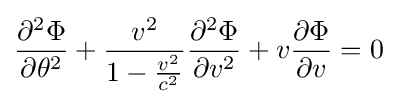
{\frac {\partial ^{2}\Phi }{\partial \theta ^{2}}}+{\frac {v^{2}}{1-{\frac {v^{2}}{c^{2}}}}}{\frac {\partial ^{2}\Phi }{\partial v^{2}}}+v{\frac {\partial \Phi }{\partial v}}=0